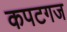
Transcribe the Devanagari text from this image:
कपटगज